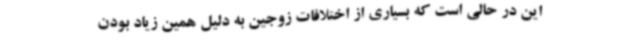
این در حالی است که بسیاری از اختلافات زوجین به دلیل همین زیاد بودن